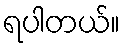
ရပါတယ်။